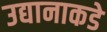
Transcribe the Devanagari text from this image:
उद्यानाकडे